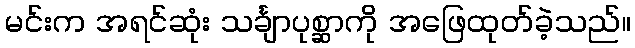
မင်းက အရင်ဆုံး သင်္ချာပုစ္ဆာကို အဖြေထုတ်ခဲ့သည်။